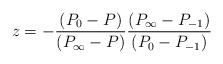
\begin{align*}z=-\frac{(P_0 - P)}{(P_\infty - P)} \frac{(P_\infty - P_{-1})}{(P_0 - P_{-1})}\end{align*}